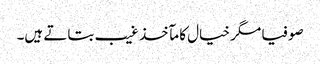
صوفیا مگر خیال کا مآخذ غیب بتاتے ہیں۔